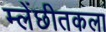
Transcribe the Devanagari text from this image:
म्लेंछीतकला